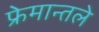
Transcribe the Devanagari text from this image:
फ्रेमान्तले